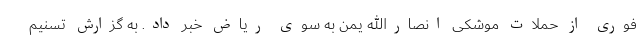
فوری از حملات موشکی انصارالله یمن به سوی ریاض خبر داد. به گزارش تسنیم